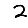
Digit: 2